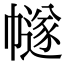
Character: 𢅕